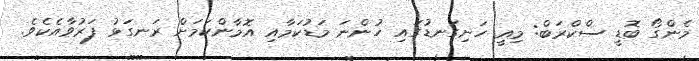
މެންގޯ ބޮޑީ ސްކްރަބް: މިއީ ހަށިގަނޑުގައި ހުންނަ މަޑުކަމާއި އޮމާންކަމަށް ރަނގަޅު ފަރުވާއެކެވެ.